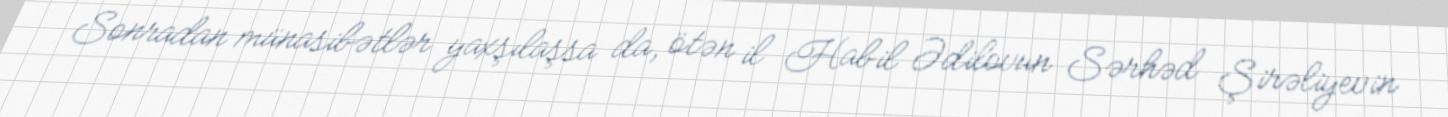
Sonradan münasibətlər yaxşılaşsa da, ötən il Habil Ədilovun Sərhəd Şirəliyevin